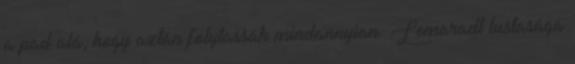
a pad alá, hogy aztán folytassák mindannyian. Lemaradt lustasága